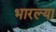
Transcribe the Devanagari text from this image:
भारल्या